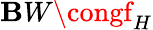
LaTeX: \mathbf{B}W\congf_{H}